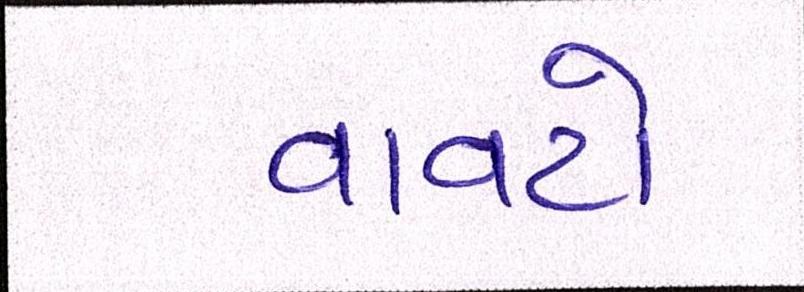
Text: વાવટો